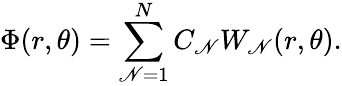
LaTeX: \Phi(r,\theta)=\sum_{\mathscr{N}=1}^{N}C_{\mathscr{N}}W_{\mathscr{N}}(r,\theta).